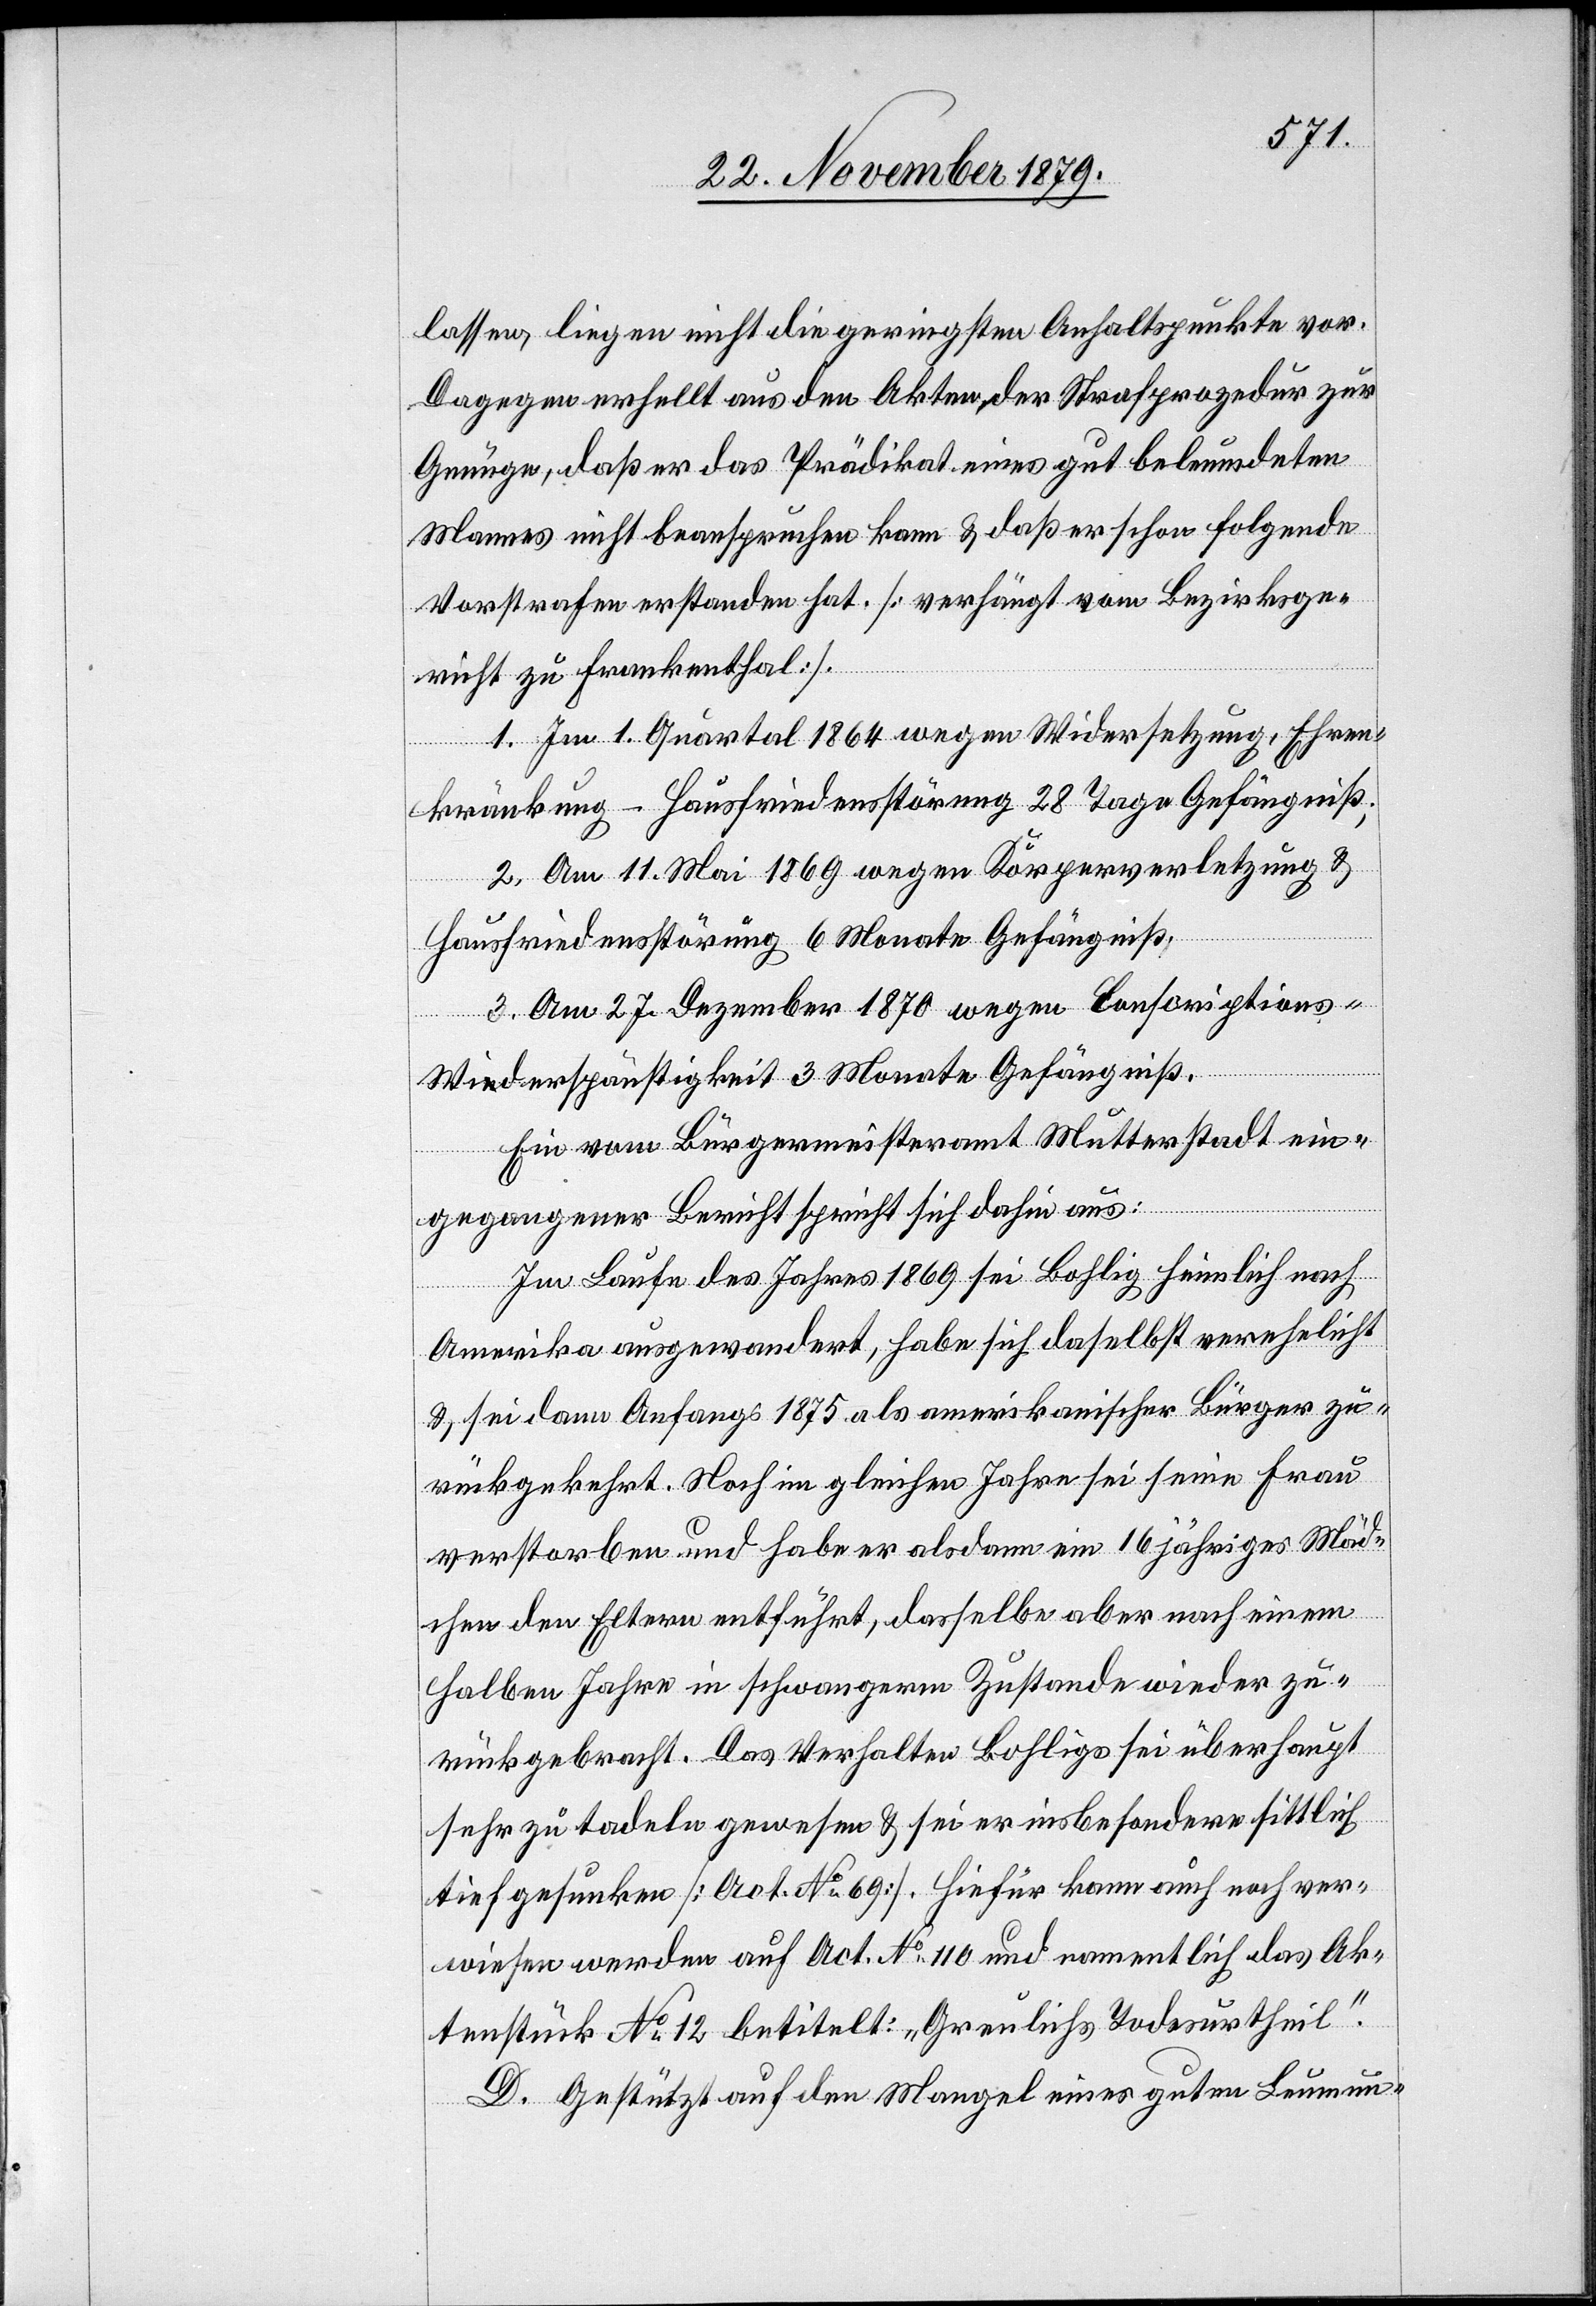
lassen liegen nicht die geringsten Anhaltspunkte vor.
Dagegen erhellt aus den Akten, der Strafprozedur zur
Genüge, daß er das Prädikat eines gut beleumdeten
Mannes nicht beanspruchen kann & daß er schon folgende
Vorstrafen erstanden hat. [Verhängt vom Bezirksge¬
richt zu Frankenthal].
1. Im 1. Quartal 1864 wegen Widersetzung, Ehren¬
kränkung – Hausfriedensstörung 28 Tage Gefängniß;
2. Am 11. Mai 1869 wegen Körperverletzung &
Hausfriedensstörung 6 Monate Gefängniß;
3. Am 27. Dezember 1870 wegen Conscription¬
s-Widerspänstigkeit 3 Monate Gefängniß.
Ein vom Bürgermeisteramt Mutterstadt ein¬
gegangener Bericht spricht sich dahin aus:
Im Laufe des Jahres 1869 sei Bohlig heimlich nach
Amerika ausgewandert, habe sich daselbst verehelicht
& sei dann Anfangs 1875 als amerikanischer Bürger zu¬
rückgekehrt. Noch im gleichen Jahre sei seine Frau
verstorben und habe er alsdann ein 16 jähriges Mäd¬
chen den Eltern entführt, dasselbe aber nach einem
halben Jahre in schwangerm Zustande wieder zu¬
rückgebracht. Das Verhalten Bohligs sei überhaupt
sehr zu tadeln gewesen & sei er insbesondere sittlich
tief gesunken [Art. No 69]. Hiefür kann auch noch ver¬
wiesen werden auf Act. No 110 und namentlich das Ak¬
tenstück No 12 betitelt: „Greulichs Todesurtheil“.
D. Gestützt auf den Mangel eines guten Leumun-